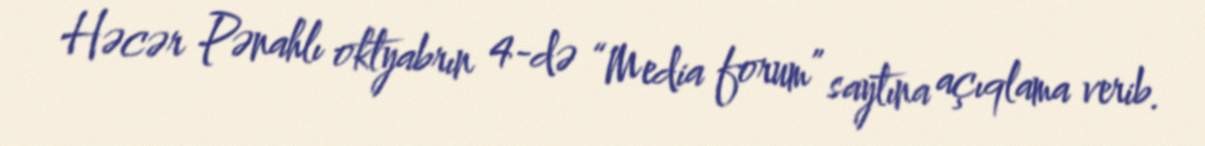
Həcər Pənahlı oktyabrın 4-də “Media forum” saytına açıqlama verib.